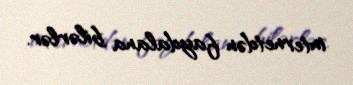
internetdən faydalana bilərlər.